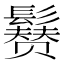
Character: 𩯒